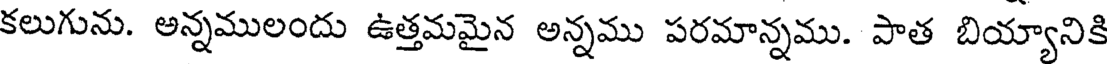
కలుగును. అన్నములందు ఉత్తమమైన అన్నము పరమాన్నము. పాత బియ్యానికి